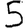
Digit: 5